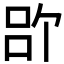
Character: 𪡉